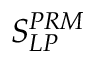
S _ { L P } ^ { P R M }